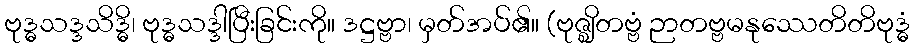
ဗုဒ္ဓသဒ္ဒသိဒ္ဓိ၊ ဗုဒ္ဓသဒ္ဒါပြီးခြင်းကို။ ဒဋ္ဌဗ္ဗာ၊ မှတ်အပ်၏။ (ဗုဇ္ဈိတဗ္ဗံ ဉာတဗ္ဗမနုဿေတိတိဗုဒ္ဓံ